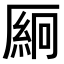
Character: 𫨛